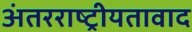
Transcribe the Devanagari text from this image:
अंतरराष्ट्रीयतावाद